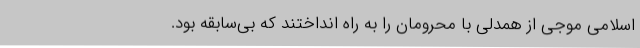
اسلامی موجی از همدلی با محرومان را به راه انداختند که بی‌سابقه بود.